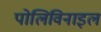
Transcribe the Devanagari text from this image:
पोलिविनाइल